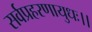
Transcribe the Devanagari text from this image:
सर्वप्रहरणायुधः।।